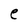
Character: e